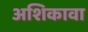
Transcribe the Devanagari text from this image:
अशिकावा